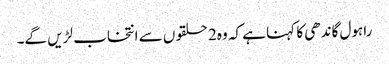
راہول گاندھی کا کہنا ہے کہ وہ2 حلقوں سے انتخاب لڑیں گے۔